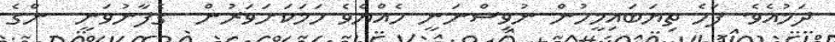
ދަމުއެވެ. ފަހެ ތިޔަބައިމީހުން ނުވިސްނަނީ ހެއްޔެވެ ހަމަކަށަވަރުން  ގެފާނުވަނީ  ންގެ